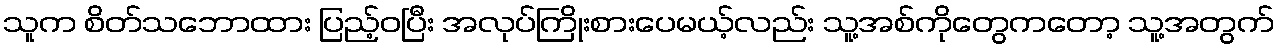
သူက စိတ်သဘောထား ပြည့်ဝပြီး အလုပ်ကြိုးစားပေမယ့်လည်း သူ့အစ်ကိုတွေကတော့ သူ့အတွက်